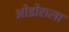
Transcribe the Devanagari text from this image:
ओडोराला